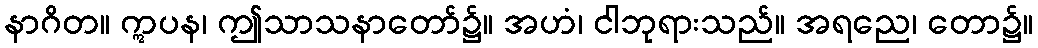
နာဂိတ။ ဣပန၊ ဤသာသနာတော်၌။ အဟံ၊ ငါဘုရားသည်။ အရညေ၊ တော၌။